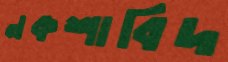
নকশাবিদ